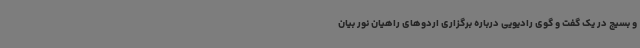
و بسیج در یک گفت و گوی رادیویی درباره برگزاری اردوهای راهیان نور بیان